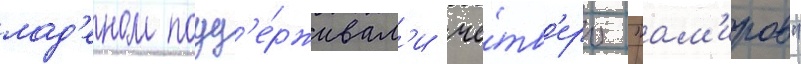
лад'еном подд'е́рживал'и че́тв'еро "ам'иров"